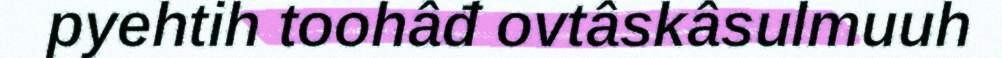
pyehtih toohâđ ovtâskâsulmuuh